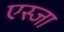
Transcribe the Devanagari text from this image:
एस्जा